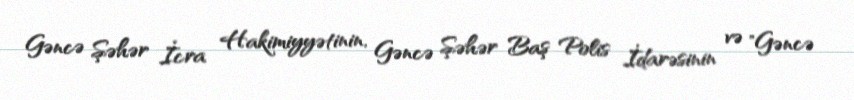
Gəncə Şəhər İcra Hakimiyyətinin, Gəncə Şəhər Baş Polis İdarəsinin və "Gəncə